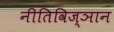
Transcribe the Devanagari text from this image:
नीतिविज्ञान